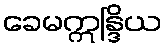
ခေမဣန္ဒြိယ